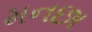
મનછા